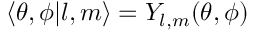
\left\langle \theta , \phi | l , m \right\rangle = Y _ { l , m } ( \theta , \phi )